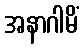
အနာဂါမိံ